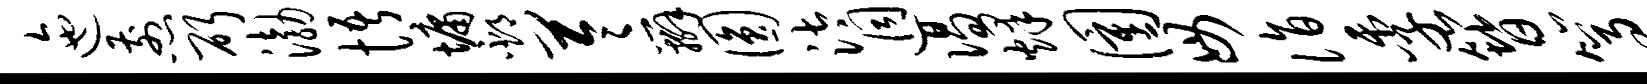
迤煎斫渤悟墉邳苓辫圆汰迥偈烽圉毋诣季簪篙